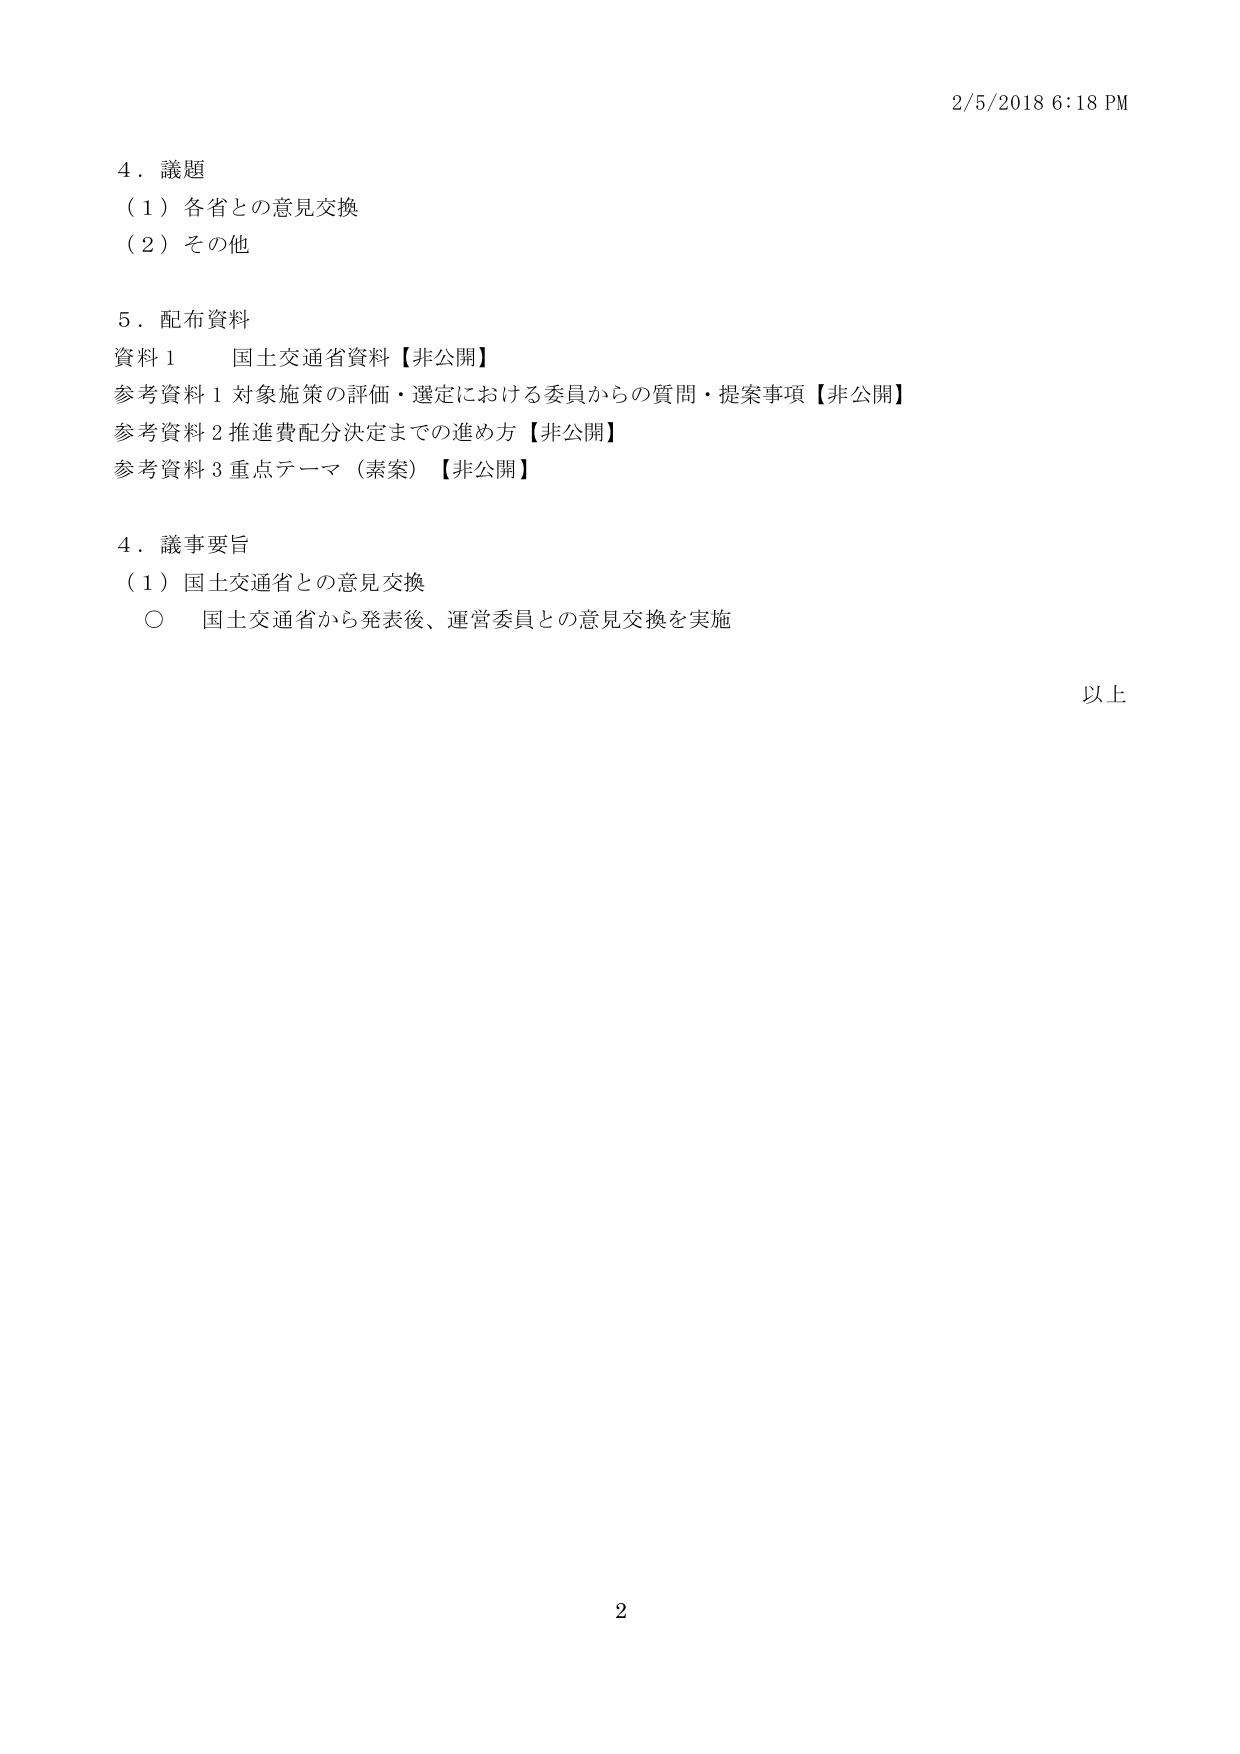
2/5/2018 6:18 PM

4．議題
（1）各省との意見交換
（2）その他

5．配布資料
資料1　国土交通省資料【非公開】
参考資料1 対象施策の評価・選定における委員からの質問・提案事項【非公開】
参考資料2 推進費配分決定までの進め方【非公開】
参考資料3 重点テーマ（素案）【非公開】

4．議事要旨
（1）国土交通省との意見交換
　○ 国土交通省から発表後、運営委員との意見交換を実施

以上

2